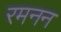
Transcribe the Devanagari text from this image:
रमनन